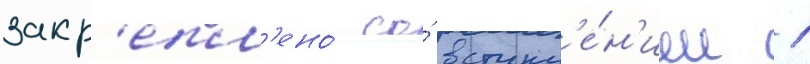
закр'епл'ено́ со́ вступл'е́н'ием 1